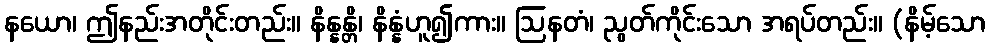
နယော၊ ဤနည်းအတိုင်းတည်း။ နိန္နန္တိ၊ နိန္နံဟူ၍ကား။ ဩနတံ၊ ညွတ်ကိုင်းသော အရပ်တည်း။ (နိမ့်သော